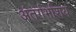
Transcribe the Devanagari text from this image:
अंतर्गर्भाशय